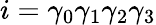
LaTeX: i=\gamma_{0}\gamma_{1}\gamma_{2}\gamma_{3}